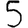
Digit: 5